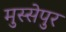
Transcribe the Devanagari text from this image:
मुस्सेपुर